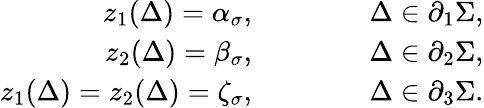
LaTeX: \begin{array}{r}{z_{1}(\Delta)=\alpha_{\sigma},\qquad\qquad\Delta\in\partial_{1}\Sigma,}\\ {z_{2}(\Delta)=\beta_{\sigma},\qquad\qquad\Delta\in\partial_{2}\Sigma,}\\ {z_{1}(\Delta)=z_{2}(\Delta)=\zeta_{\sigma},\qquad\qquad\Delta\in\partial_{3}\Sigma.}\end{array}